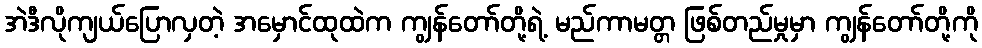
အဲဒီလိုကျယ်ပြောလှတဲ့ အမှောင်ထုထဲက ကျွန်တော်တို့ရဲ့ မည်ကာမတ္တ ဖြစ်တည်မှုမှာ ကျွန်တော်တို့ကို